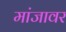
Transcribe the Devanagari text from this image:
मांजावर